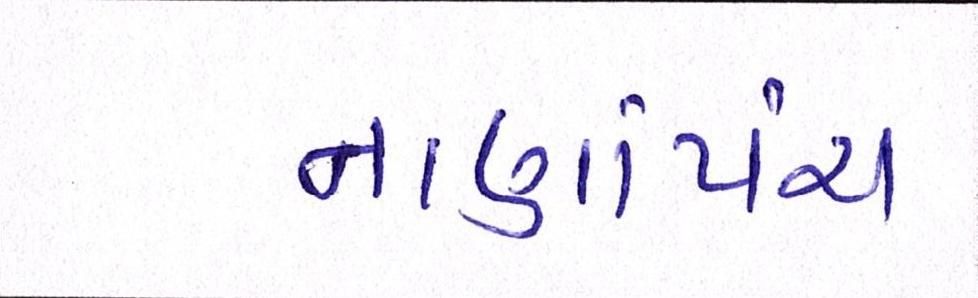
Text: નાણાંપંચ